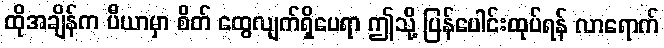
ထိုအချိန်က ပီယာမှာ စိတ် ထွေလျက်ရှိပေရာ ဤသို့ ပြန်ပေါင်းထုပ်ရန် လာရောက်